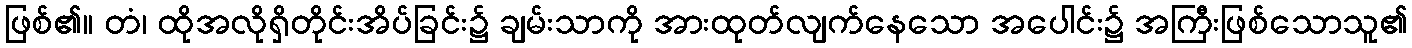
ဖြစ်၏။ တံ၊ ထိုအလိုရှိတိုင်းအိပ်ခြင်း၌ ချမ်းသာကို အားထုတ်လျက်နေသော အပေါင်း၌ အကြီးဖြစ်သောသူ၏